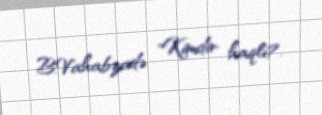
B.Vahabzadə "Kimdir haqlı?.